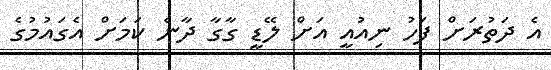
އެ ދަތުރަށް ފަހު ނިއުއީ އަށް ލޭޑީ ގާގާ ދާނެ ކަމަށް އެގައުމުގެ